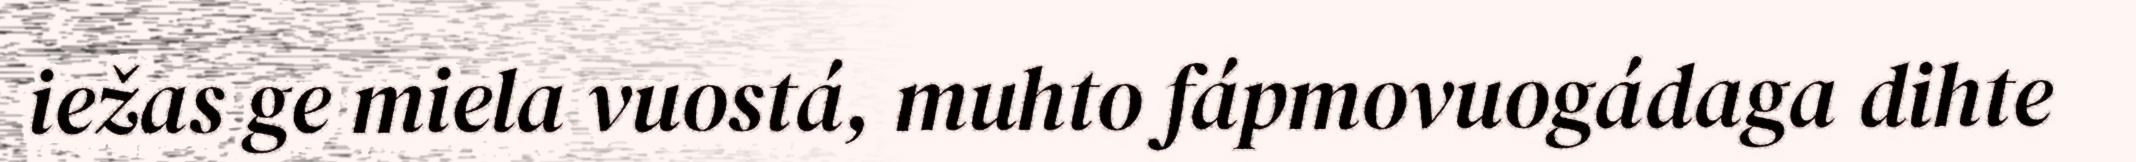
iežas ge miela vuostá, muhto fápmovuogádaga dihte